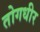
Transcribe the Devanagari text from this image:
तोगधीर